Eesti_Vabariigi_Tartu_Ulikool, lk 44
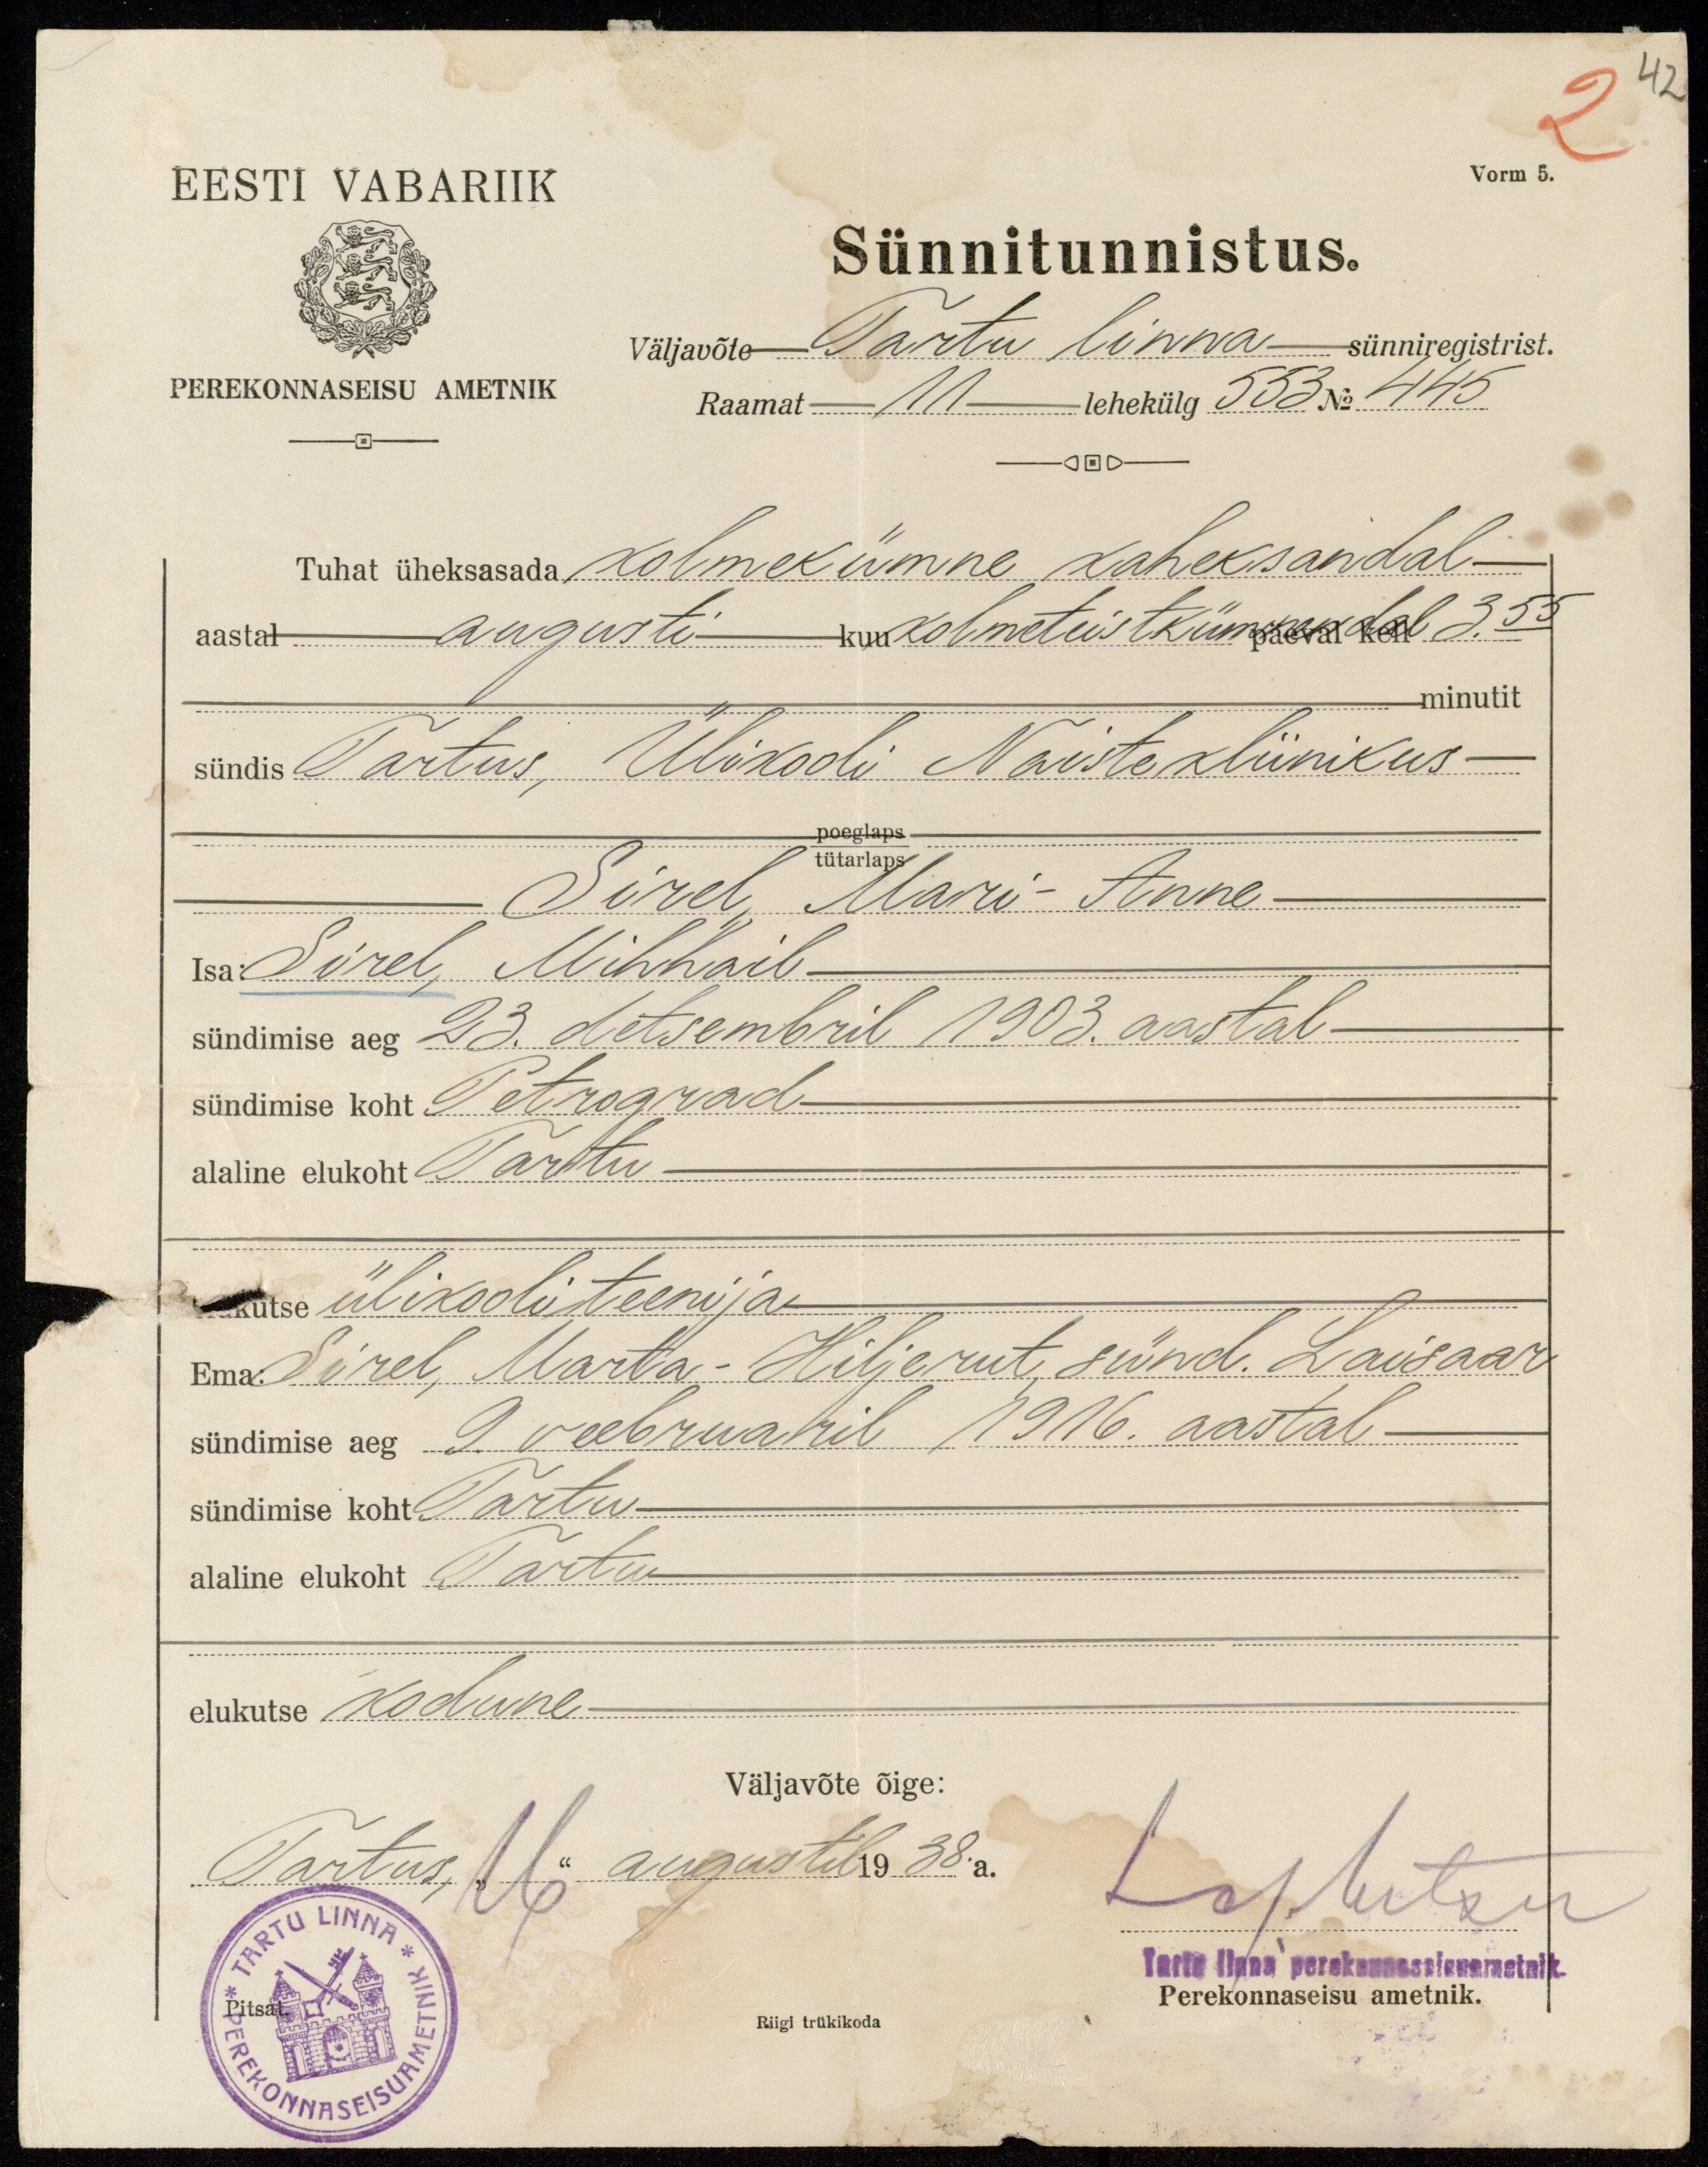
42
Vorm 5.
EESTI VABARIIK
PEREKONNSEISU AMETNIK
Sünnitunnistus.
Väljavõte Tartu linna sünniregistrist.
Raamat-11 lehekülg 553 No 445
Tuhat üheksasada kolmekümne kaheksandal
aastal augusti kuu kolmeteistkümnendal päeval kell 3.55
minutit
sündis Tartus, Ülikooli Naistekliinikus
poeglaps
tütarlaps
Sirel Mari-Anne
Isa: Sirel, Mihhail
sündimise aeg 23. detsembril 1903. aastal
sündimise koht Petrograd
alaline elukoht Tartu
Kutse ülikooli teenija
Ema: Sirel, Marta - Hiljerut, sünd. Laisaar
sündimise aeg 9 veebruaril 1916. aastal
sündimise koht Tartu
alaline elukoht Tartu
elukutse kodune
Väljavõte õige:
Tartus, "16" augustil 1938. a.
Lop. Mitku
Tartu linna perekonnaseisuametnik.
Pitsat.
Perekonnaseisu ametnik.
Riigi trükikoda